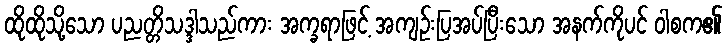
ထိုထိုသို့သော ပညတ္တိသဒ္ဒါသည်ကား အက္ခရာဖြင့် အကျဉ်းပြအပ်ပြီးသော အနက်ကိုပင် ဝါစက၏